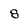
Character: 8